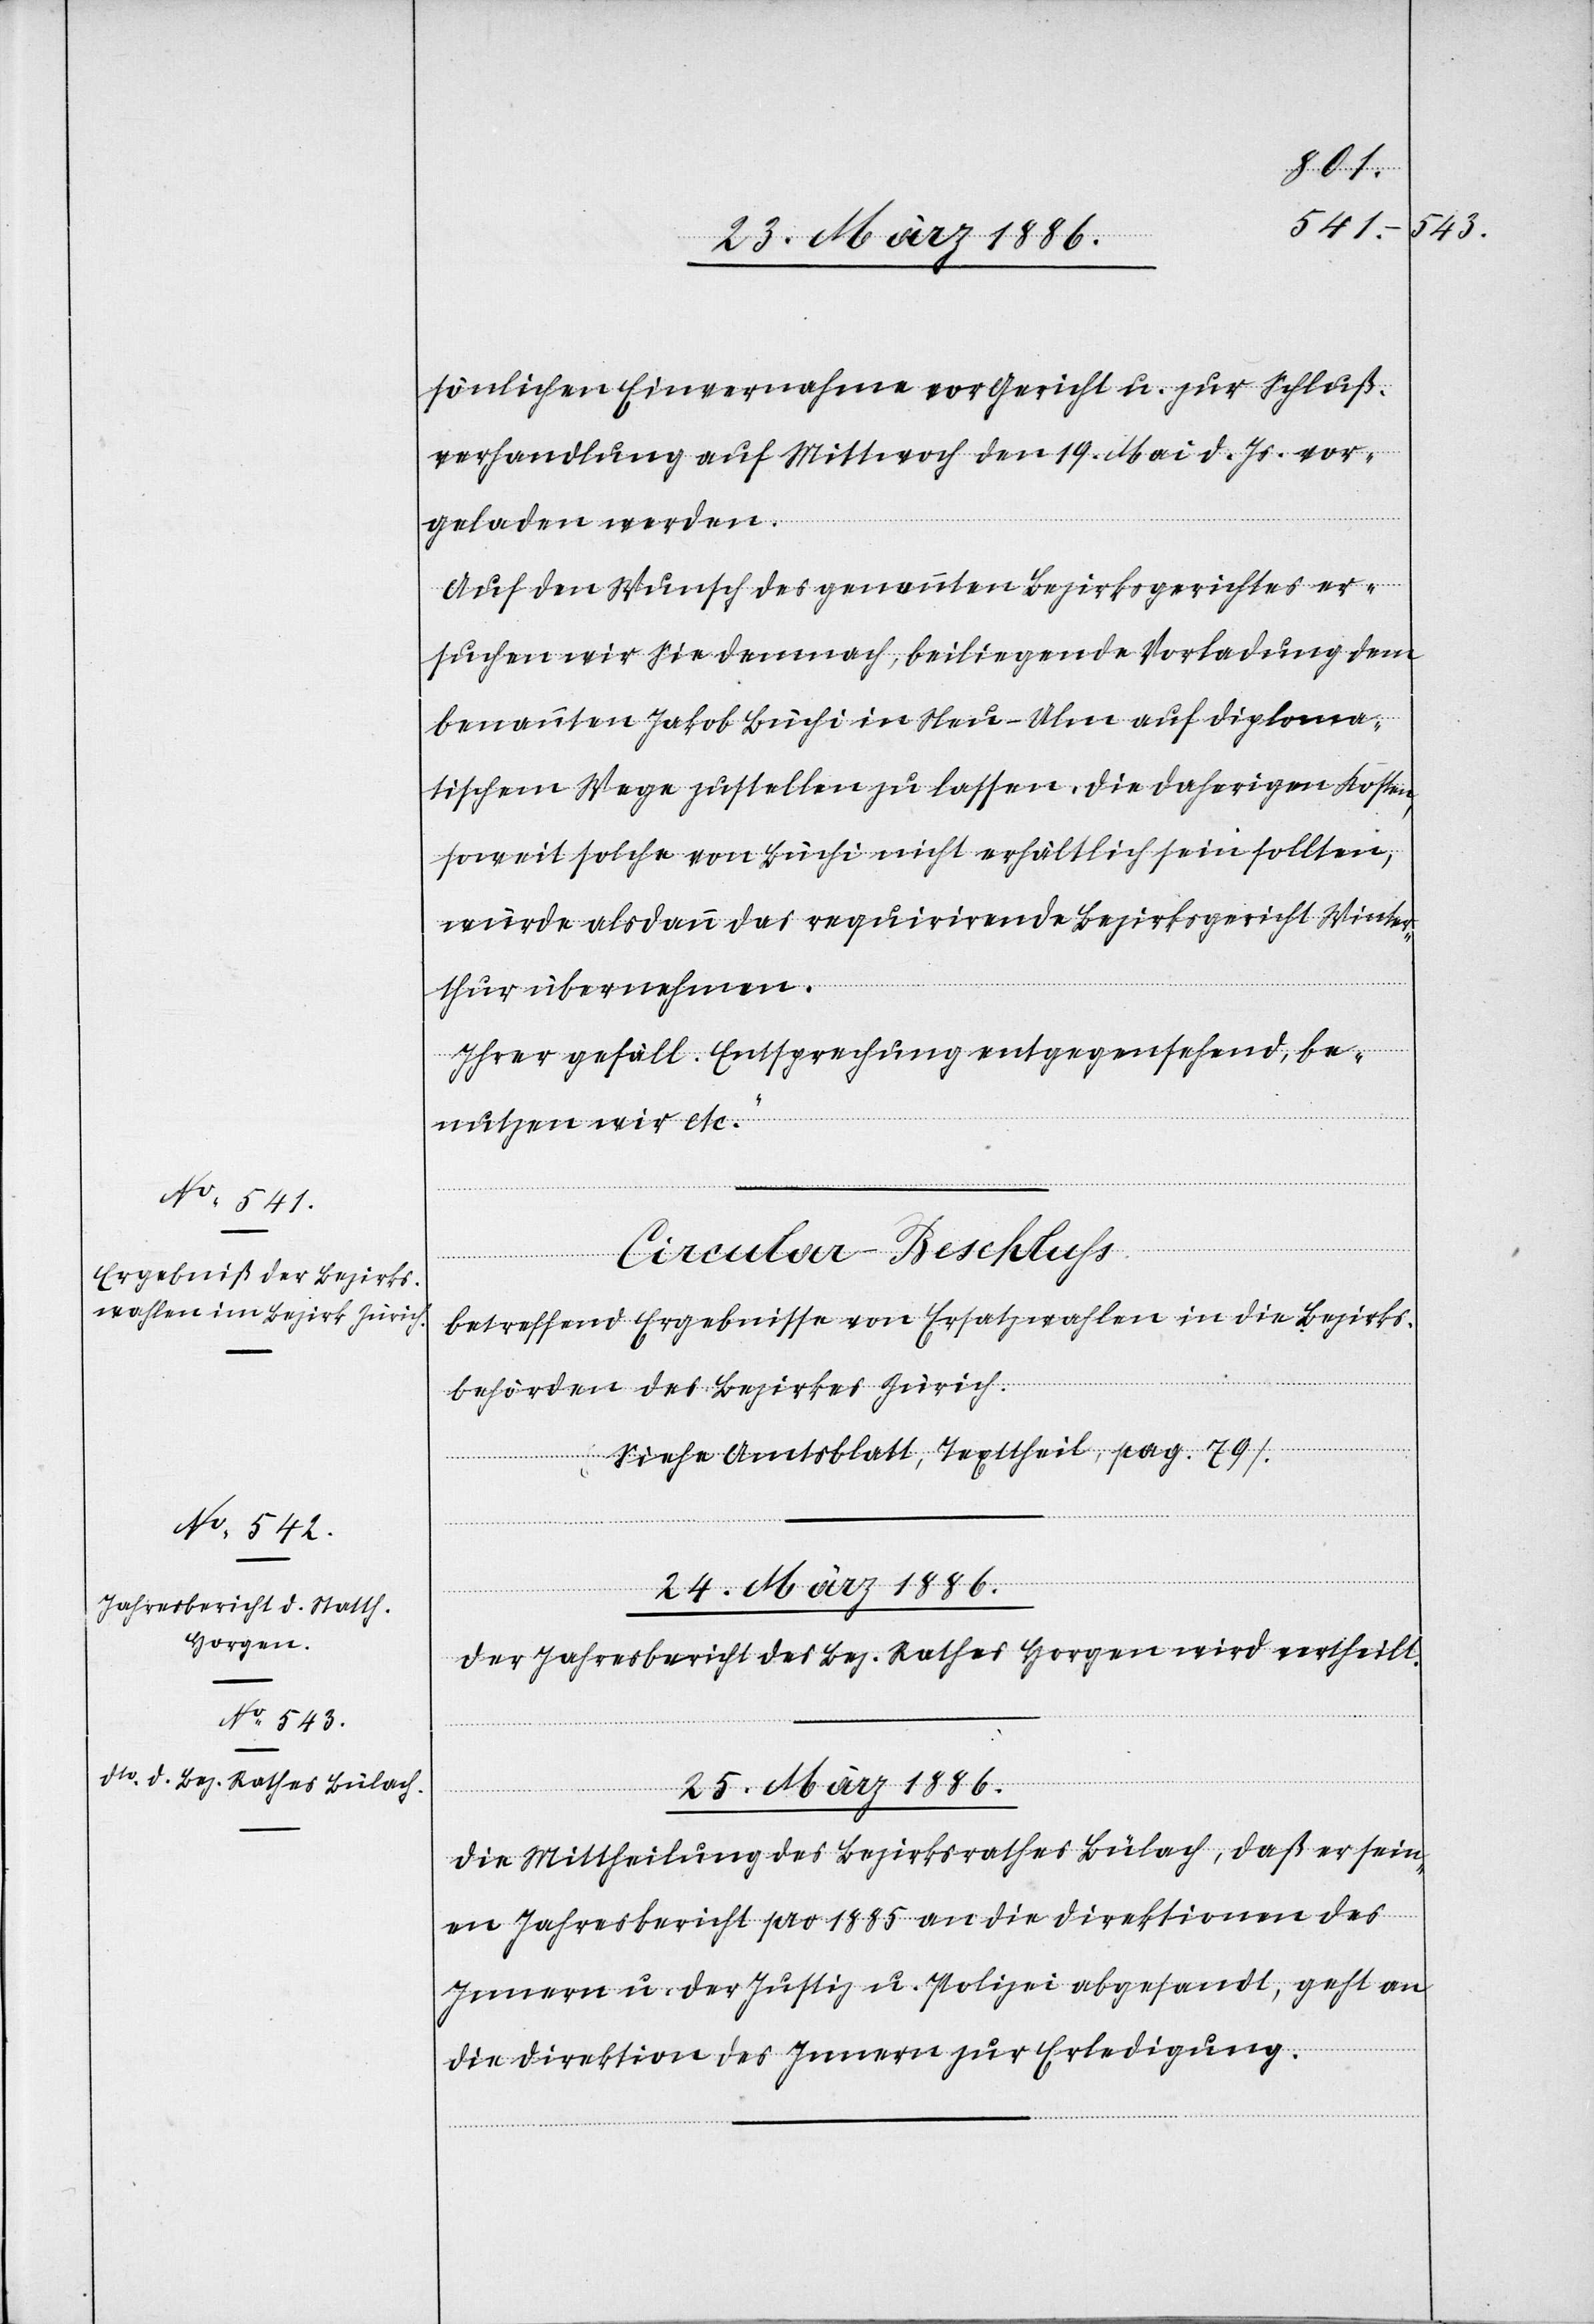
sönlichen Einvernahme vor Gericht u. zur Schluß¬
verhandlung auf Mittwoch den 19. Mai d. Js. vor¬
geladen werden.
Auf den Wunsch des genannten Bezirksgerichtes er¬
suchen wir Sie demnach, beiliegende Vorladung dem
benannten Jakob Büchi in Neu-Ulm auf diploma¬
tischem Wege zustellen zu lassen. Die daherigen Kosten,
soweit solche von Büchi nicht erhältlich sein sollten,
würde alsdann das requirirende Bezirksgericht Wint¬
[Circular-Beschluss.]
thur übernehmen.
Ihrer gefäll. Entsprechung entgegensehend be¬
nutzen wir etc.“
Betreffend Ergebnisse von Ersatzwahlen in die Bezirks¬
behörden des Bezirkes Zürich.
24. März 1886.
Der Jahresbericht des Bez. Rathes Horgen wird vertheilt.
25. März 1886.
Die Mittheilung des Bezirksrathes Bülach, daß er sein¬
en Jahresbericht pro 1885 an die Direktionen des
Innern u. der Justiz u. Polizei abgesandt, geht an
die Direktion des Innern zur Erledigung.